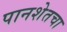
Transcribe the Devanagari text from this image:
पानशेतचा